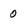
Character: 0